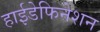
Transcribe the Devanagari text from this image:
हाईडेफिनेशन